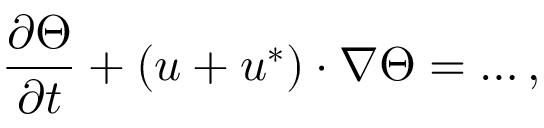
\frac { \partial \Theta } { \partial t } + ( \boldsymbol { u } + \boldsymbol { u } ^ { * } ) \cdot \nabla \Theta = \ldots ,